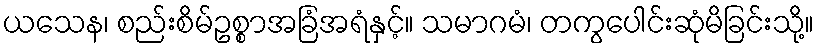
ယသေန၊ စည်းစိမ်ဥစ္စာအခြံအရံနှင့်။ သမာဂမံ၊ တကွပေါင်းဆုံမိခြင်းသို့။